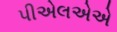
પીએલએએ